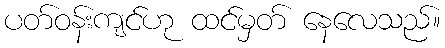
ပတ်ဝန်းကျင်ဟု ထင်မှတ် နေလေသည်။